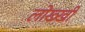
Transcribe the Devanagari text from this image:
लोख्खी